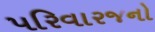
પરિવારજનો